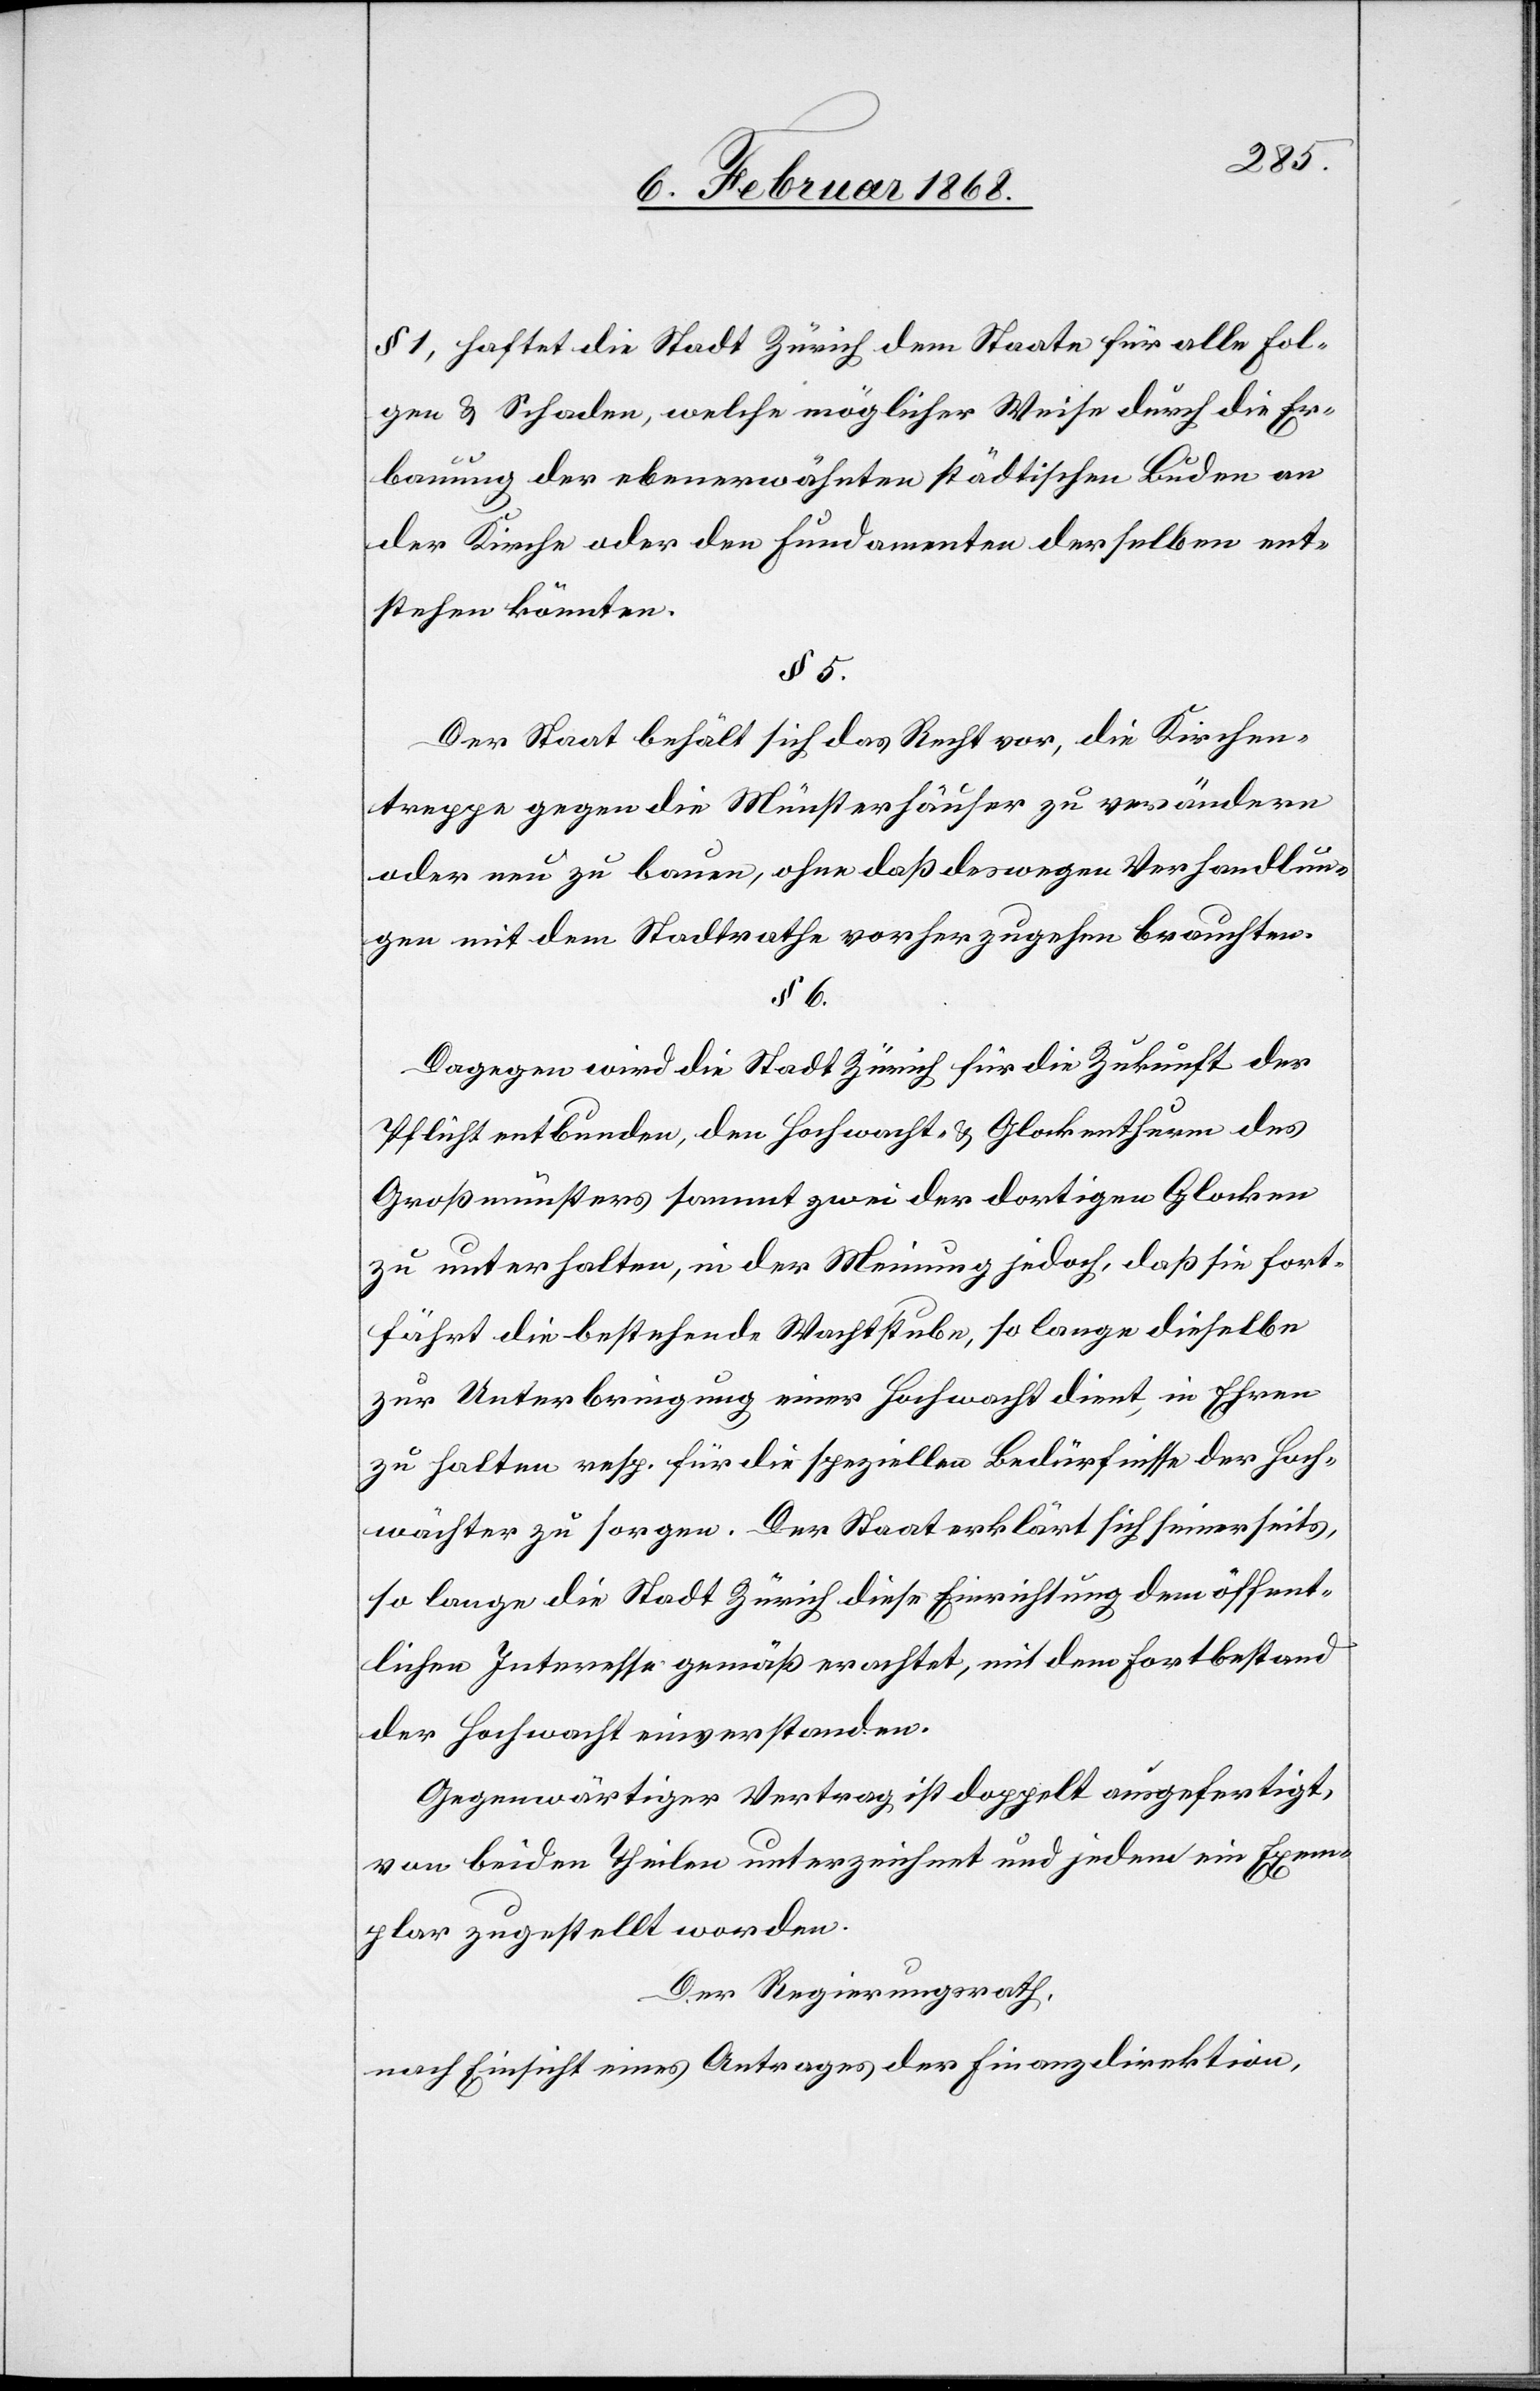
§ 1, haftet die Stadt Zürich dem Staate für alle Fol¬
gen & Schaden, welche möglicher Weise durch die Er¬
bauung der ebenerwähnten städtischen Buden an
der Kirche oder den Fundamenten derselben ent¬
stehen könnten.
§ 5.
Der Staat behält sich das Recht vor, die Kirchen¬
treppe gegen die Münsterhäuser zu verändern
oder neu zu bauen, ohne daß deswegen Verhandlun¬
gen mit dem Stadtrathe vorherzugehen brauchten.
§ 6.
Dagegen wird die Stadt Zürich für die Zukunft der
Pflicht entbunden, den Hochwacht- & Glockenthurm des
Großmünsters sammt zwei der dortigen Glocken
zu unterhalten, in der Meinung jedoch, daß sie fort¬
fährt die bestehende Wachtstube, so lange dieselbe
zur Unterbringung einer Hochwacht dient, in Ehren
zu halten resp. für die speziellen Bedürfnisse der Hoch¬
wächter zu sorgen. Der Staat erklärt sich seinerseits,
so lange die Stadt Zürich diese Einrichtung dem öffent¬
lichen Interesse gemäß erachtet, mit dem Fortbestand
der Hochwacht einverstanden.
Gegenwärtiger Vertrag ist doppelt ausgefertigt,
von beiden Theilen unterzeichnet und jedem ein Exem¬
plar zugestellt worden.
Der Regierungsrath,
nach Einsicht eines Antrages der Finanzdirektion,